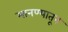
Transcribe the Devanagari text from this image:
मानण्यातून